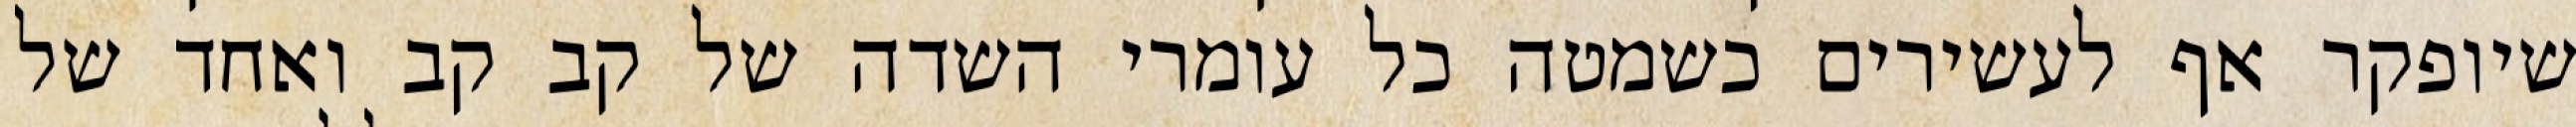
שיופקר אף לעשירים כשמטה כל עומרי השדה של קב קב ואחד של